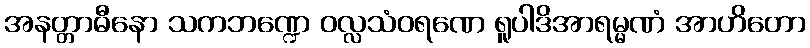
အနတ္တာဓီနော သကဘဏ္ဍေ ဝလ္လသံဝရဏေ ရူပါဒိအာရမ္မဏံ အာဟိတော